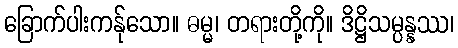
ခြောက်ပါးကန်ုသော။ ဓမ္မ၊ တရားတို့ကို။ ဒိဋ္ဌိသမ္ပန္နဿ၊